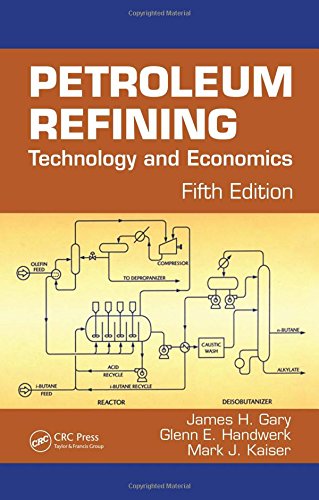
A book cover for Petroleum Refining: Technology and Economics, Fifth Edition; James H. Gary; Science & Math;